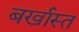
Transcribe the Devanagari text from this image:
बर्खास्त